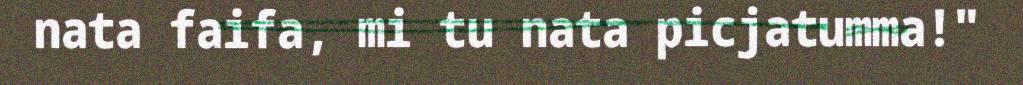
nata faifa, mi tu nata picjatumma!"